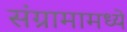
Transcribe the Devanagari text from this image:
संग्रामामध्ये